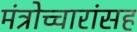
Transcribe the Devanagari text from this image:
मंत्रोच्चारांसह